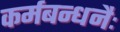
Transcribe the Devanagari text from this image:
कर्मबन्धनैः